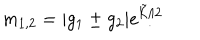
m _ { 1 , 2 } = | g _ { 1 } \pm g _ { 2 } | e ^ { \tilde { \cal K } / 2 }